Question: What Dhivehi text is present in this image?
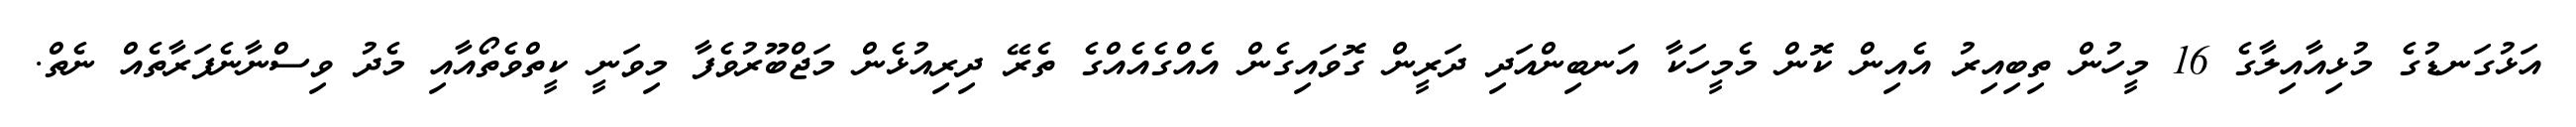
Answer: އަޅުގަނޑުގެ މުޅިއާއިލާގެ 16 މީހުން ތިބިއިރު އެއިން ކޮން މެމީހަކާ އަނބިންއަދި ދަރީން ގޮވައިގެން އެއްގެއެއްގެ ތެރޭ ދިރިއުޅެން މަޖްބޫރުވެފާ މިވަނީ ކީތްވެތޯއާއި މެދު ވިސްނާނެފަރާތެއް ނެތް.